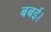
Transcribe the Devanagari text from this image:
बबई।